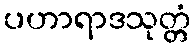
ပဟာရာဒသုတ္တံ